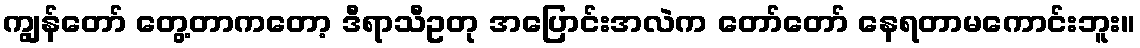
ကျွန်တော် တွေ့တာကတော့ ဒီရာသီဥတု အပြောင်းအလဲက တော်တော် နေရတာမကောင်းဘူး။